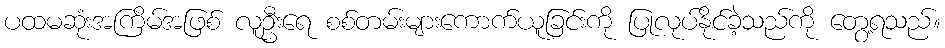
ပထမဆုံးအကြိမ်အဖြစ် လူဦးရေ စစ်တမ်းများကောက်ယူခြင်းကို ပြုလုပ်နိုင်ခဲ့သည်ကို တွေ့ရသည်။